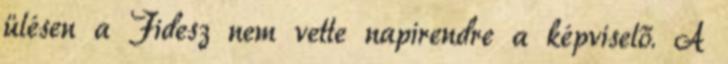
ülésen a Fidesz nem vette napirendre a képviselő. A